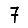
Digit: 7